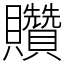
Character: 𧹏